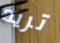
تريد